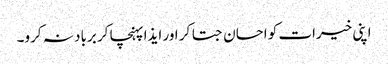
اپنی خیرات کو احسان جتا کر اور ایذا پہنچا کر برباد نہ کرو۔